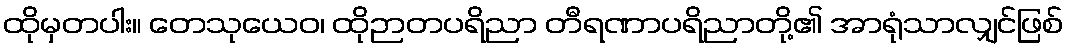
ထိုမှတပါး။ တေသုယေဝ၊ ထိုဉာတပရိညာ တီရဏာပရိညာတို့၏ အာရုံသာလျှင်ဖြစ်